Annual report on the health of the army in India
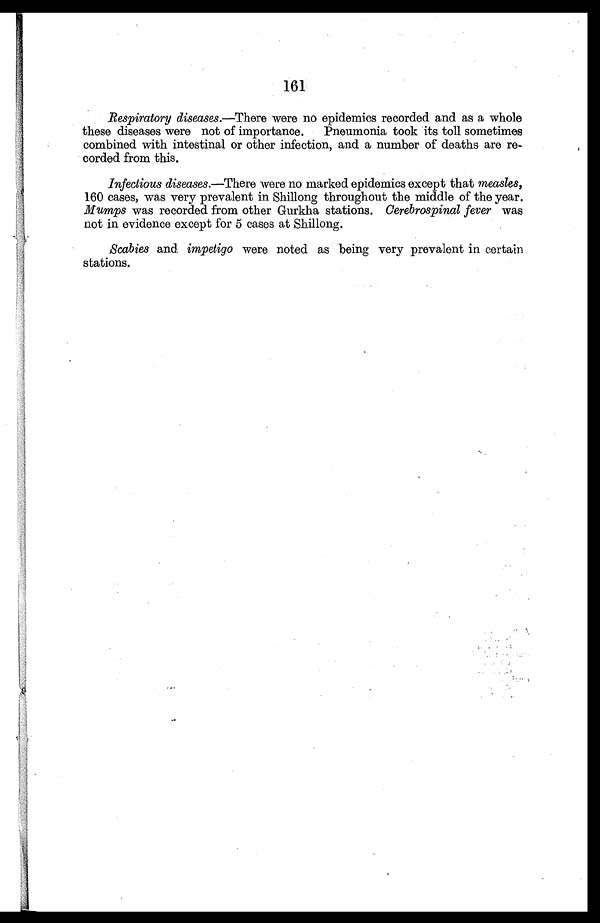
161
Respiratory diseases.—There were no epidemics recorded and as a whole
these diseases were not of importance. Pneumonia took its toll sometimes
combined with intestinal or other infection, and a number of deaths are re
-corded from this.
Infectious diseases.—There were no marked epidemics except that measles,
160 cases, was very prevalent in Shillong throughout the middle of the year.
Mumps was recorded from other Gurkha stations. Cerebrospinal fever was
not in evidence except for 5 cases at Shillong.
Scabies and impetigo were noted as being very prevalent in certain
stations.